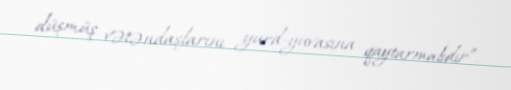
düşmüş vətəndaşlarını yurd-yuvasına qaytarmalıdır”.